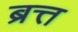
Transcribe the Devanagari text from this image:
ब्रत्त